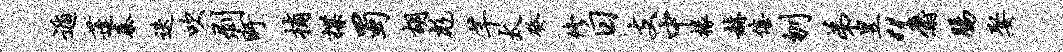
遁蓬秦迭吹剥盱捕揲蜀胡彪芊太癸修日支中椽赫僖刎弟昱“麝肠娶